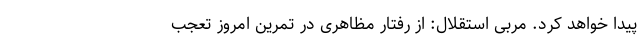
پیدا خواهد کرد. مربی استقلال: از رفتار مظاهری در تمرین امروز تعجب